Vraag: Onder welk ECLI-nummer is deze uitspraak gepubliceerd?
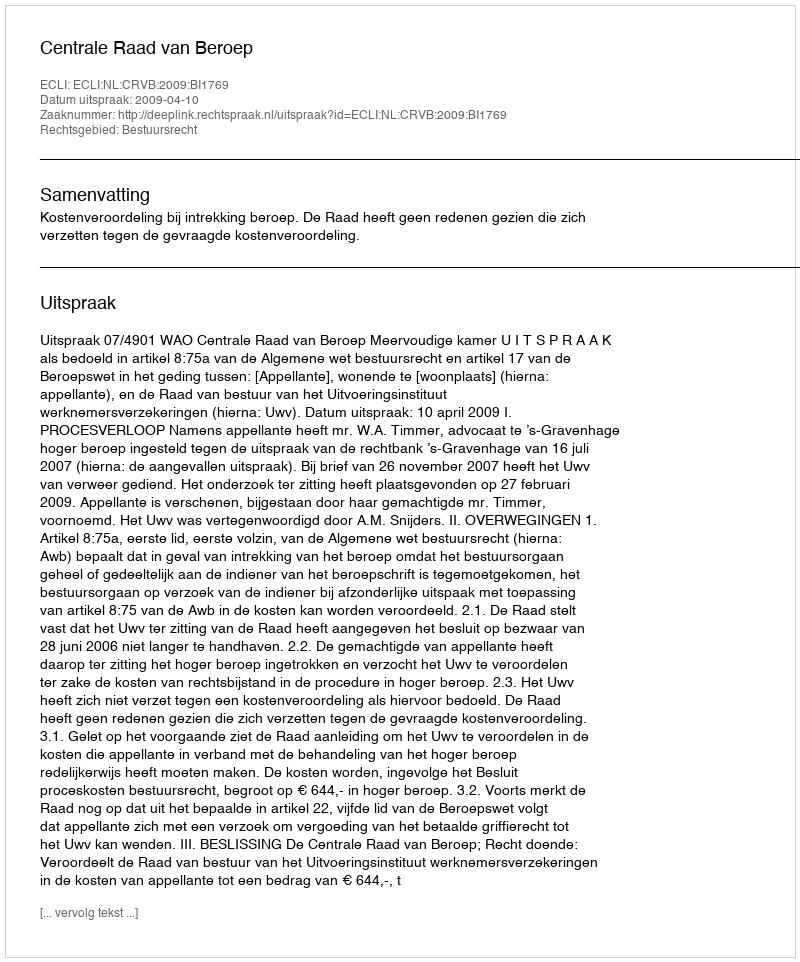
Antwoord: ECLI:NL:CRVB:2009:BI1769